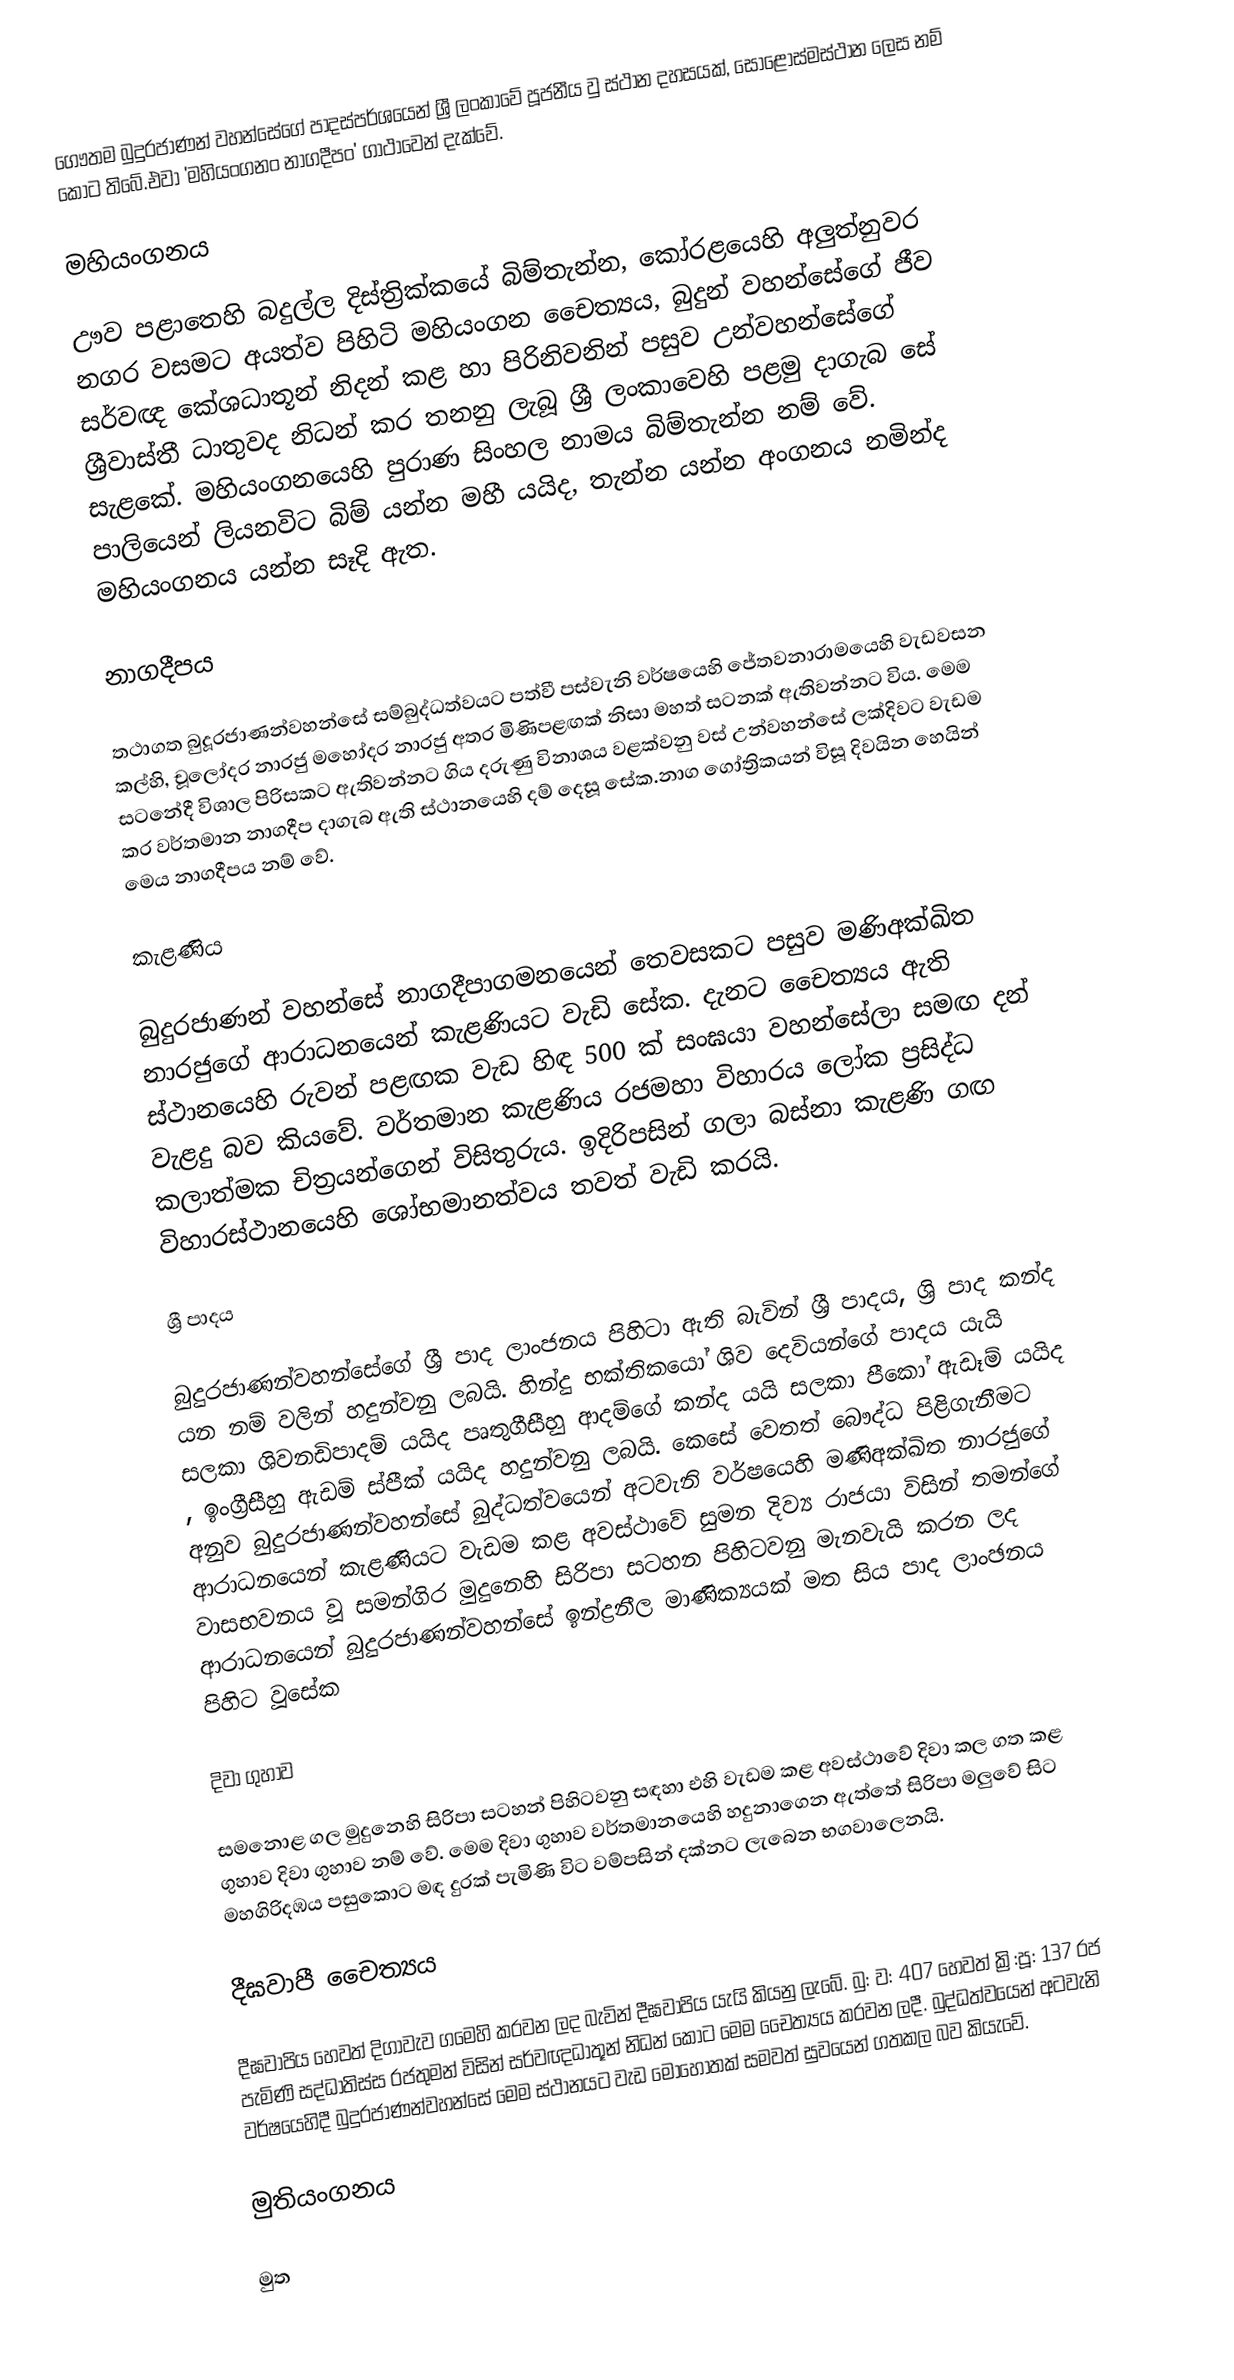
ගෞතම බුදුරජාණන් වහන්සේගේ පාදස්පර්ශයෙන් ශ්‍රී ලංකාවේ පූජනීය වු ස්ථාන දහසයක්, සොළොස්මස්ථාන ලෙස නම් කොට තිබේ.එවා 'මහියංගනං නාගදීපං' ගාථාවෙන් දැක්වේ.

මහියංගනය

ඌව පළා‍තෙහි බදුල්ල දිස්ත්‍රික්කයේ බිම්තැන්න, කෝරළයෙහි අලුත්නුවර නගර වසමට අයත්ව පිහිටි මහියංගන චෛත්‍යය, බුදුන් වහන්සේගේ ජීව සර්වඥ කේශධාතූන් නිදන් කළ හා පිරිනිවනින් පසුව උන්වහන්සේගේ ශ්‍රීවාස්තී ධාතුවද නිධන් කර තනනු ලැබූ ශ්‍රී ලංකාවෙහි පළමු දාගැබ සේ සැළකේ. මහියංගනයෙහි පුරාණ සිංහල නාමය බිම්තැන්න නම් වේ. පාලියෙන් ලියනවිට බිම් යන්න මහී යයිද, තැන්න යන්න අංගනය නමින්ද මහියංගනය යන්න සෑදි ඇත.

නාගදීපය

තථාගත බුදූරජාණන්වහන්සේ සම්බුද්ධත්වයට පත්වී පස්වැනි වර්ෂයෙහි ජේතවනාරාමයෙහි වැඩවසන කල්හි, චූලෝදර නාරජු මහෝදර නාරජු අතර මිණිපළඟක් නිසා මහත් සටනක් ඇතිවන්නට විය. මෙම සටනේදී විශාල පිරිසකට ඇතිවන්නට ගිය දරුණු විනාශය වළක්වනු වස් උන්වහන්සේ ලක්දිවට වැඩම කර වර්තමාන නාගදීප දාගැබ ඇති ස්ථානයෙහි දම් දෙසූ සේක.නාග ගෝත්‍රිකයන් විසූ දිවයින හෙයින් මෙය නාගදීපය නම් වේ.

කැළණිය

බුදුරජාණන් වහන්සේ නාගදීපාගමනයෙන් තෙවසක‍ට පසුව මණිඅක්ඛිත නාරජුගේ ආරාධනයෙන් කැළණියට වැඩි සේක. දැනට චෛත්‍යය ඇති ස්ථානයෙහි රුවන් පළඟක වැඩ හිඳ 500 ක්  සංඝ‍යා වහන්සේලා සමඟ දන් වැළදු බව කියවේ. වර්තමාන කැළණිය රජමහා විහාරය ලෝක ප්‍රසිද්ධ කලාත්මක  චිත්‍ර‍යන්ගෙන් විසිතුරුය. ඉදිරිපසින් ගලා බස්නා කැළණි ගඟ විහාරස්ථානයෙහි ශෝභමානත්වය තවත් වැඩි කරයි.

ශ්‍රී පාදය

බුදුරජාණන්වහන්සේගේ ශ්‍රී පාද ලාංජනය පිහිටා ඇති බැවින් ශ්‍රී පාදය, ශ්‍රි පාද කන්ද යන නම් වලින් හදුන්වනු ලබයි. හින්දු භක්තිකයෝ ශිව දෙවියන්ගේ පාදය යැයි සලකා ශිවනඩිපාදම් යයිද පෘතුගීසීහු ආදම්ගේ කන්ද යයි සලකා පීකෝ ඇඩෑම්  යයිද , ඉංග්‍රීසීහු ඇඩම් ස්පීක් යයිද හදුන්වනු ලබයි. කෙසේ වෙතත් බෞද්ධ පිළිගැනීමට අනුව බුදුරජාණන්වහන්සේ බුද්ධත්වයෙන් අටවැනි වර්ෂයෙහි මණිඅක්ඛිත නාරජුගේ ආරාධනයෙන් කැළණියට වැඩම කළ අවස්ථාවේ සුමන දිව්‍ය රාජයා විසින් තමන්ගේ වාසභවනය වූ සමන්ගිර මුදුනෙහි සිරිපා ස‍ටහන පිහිටවනු මැනවැයි කරන ලද ආරාධන‍යෙන් බුදුරජාණන්වහන්සේ ඉන්ද්‍රනීල මාණික්‍යයක් මත සිය පාද ලාංඡනය පිහිට වූ‍සේක

දිවා ගුහාව

සමනොළ ගල මුදුනෙහි සිරිපා සටහන් පිහිටවනු සඳහා එහි වැඩම කළ අවස්ථාවේ දිවා කල ගත කළ ගුහාව දිවා ගුහාව නම් වේ. මෙම දිවා ගුහාව වර්තමානයෙහි හදුනාගෙන ඇත්තේ සිරිපා මලුවේ සි‍ට මහගිරිදඹය පසුකොට මඳ දුරක් පැමිණි විට වම්පසින් දක්නට ලැබෙන භගවාලෙනයි.

දීඝවාපී චෛත්‍යය

දීඝවාපිය හෙවත් දිගාවැව ගමෙහි කරවන ලද බැවින් දීඝවාපිය යැයි කියනු ලැබේ. බු: ව: 407 හෙවත් ක්‍රි:පූ: 137  රජ පැමිණි සද්ධාතිස්ස රජතුමන් විසින් සර්වඥධාතූන් නිධන් කොට මෙම චෛත්‍යය කරවන ලදී. බුද්ධත්වයෙන් අටවැනි වර්ෂයෙහිදී බුදුරජාණන්වහන්සේ මෙම ස්ථානයට වැ‍ඩ මොහොතක් සමවත් සුවයෙන් ගතකල බව කියැවේ.

මුතියංගනය

මුත